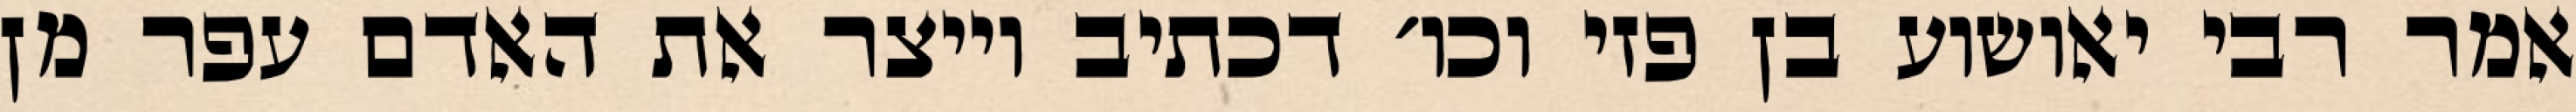
אמר רבי יאושוע בן פזי וכו׳ דכתיב וייצר את האדם עפר מן